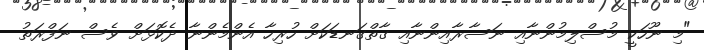
"މި ނޫހަކީ މުސްލިމުންނާއި ނަސާރާއިންނާއި ގާތްގަނޑަކަށް ހުރިހާ އެންމެންނާ ދެކޮޅަށް ވެސް ނަފްރަތު